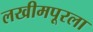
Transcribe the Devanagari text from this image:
लखीमपूरला